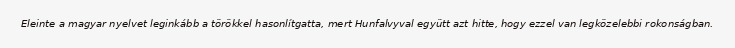
Eleinte a magyar nyelvet leginkább a törökkel hasonlítgatta, mert Hunfalvyval együtt azt hitte, hogy ezzel van legközelebbi rokonságban.